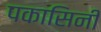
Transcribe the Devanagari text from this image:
पकासिनी